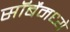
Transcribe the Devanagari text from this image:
सॉर्बेंमध्ये